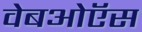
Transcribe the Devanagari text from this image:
वेबओऍस